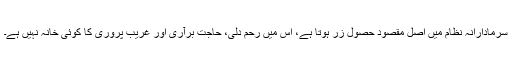
سرمادارانہ نظام میں اصل مقصود حصولِ زر ہوتا ہے، اس میں رحم دلی، حاجت برآری اور غریب پروری کا کوئی خانہ نہیں ہے۔